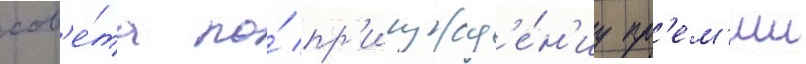
сов'е́та по́ пр'исужд'е́н'иу пр'ем'ии